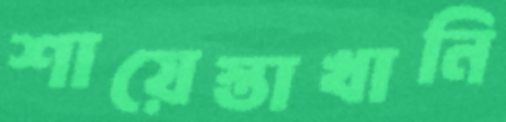
শায়েস্তাখানি